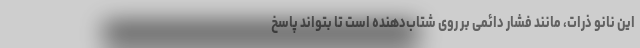
این نانو ذرات، مانند فشار دائمی بر روی شتاب‌دهنده است تا بتواند پاسخ